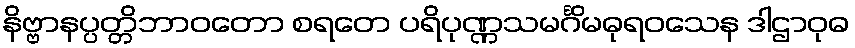
နိဗ္ဗာနပ္ပတ္တိဘာဝတော စရတေ ပရိပုဏ္ဏသမင်္ဂိမဓုရဝသေန ဒါဌာဝုဓ